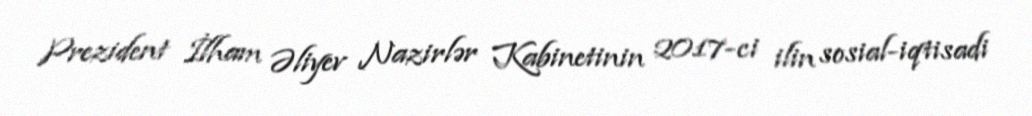
Prezident İlham Əliyev Nazirlər Kabinetinin 2017-ci ilin sosial-iqtisadi